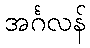
အင်္ဂလန်